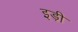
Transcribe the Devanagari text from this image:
इड़ी